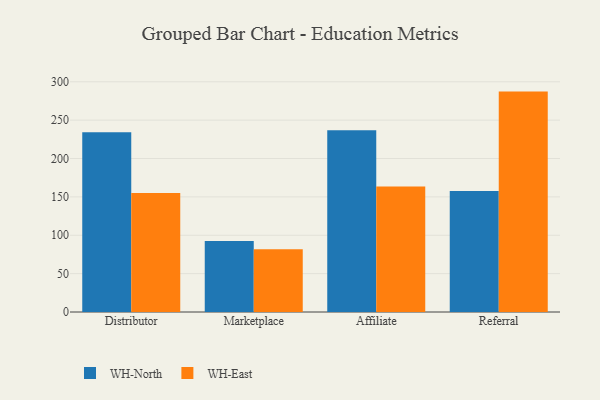
{"axis": {"x": "Channel", "y": "Churn Rate (%)"}, "legend": ["WH-East", "WH-North"], "data": [{"x": "Distributor", "y": 234.3, "type": "WH-North"}, {"x": "Distributor", "y": 155.1, "type": "WH-East"}, {"x": "Marketplace", "y": 92.4, "type": "WH-North"}, {"x": "Marketplace", "y": 81.8, "type": "WH-East"}, {"x": "Affiliate", "y": 236.9, "type": "WH-North"}, {"x": "Affiliate", "y": 163.6, "type": "WH-East"}, {"x": "Referral", "y": 157.6, "type": "WH-North"}, {"x": "Referral", "y": 287.2, "type": "WH-East"}]}